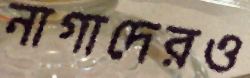
নাগাদেরও